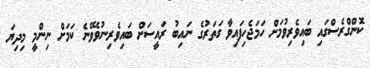
ކޮންގްރެސްގައި ބައިވެރިވުމަށް ހަމަޖެހިފައިވާ ގަތަރުގެ ނައިބު ރައީސަށް ބައިވެރިނުވެވޭނެ ކަމަށް ނިންމީ މިދިޔަ